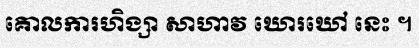
គោលការហិង្សា សាហាវ ឃោរឃៅ នេះ ។